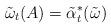
LaTeX: \begin{align*}\tilde{\omega}_{t}(A)=\tilde{\alpha}_{t}^{*}(\tilde{\omega})\end{align*}